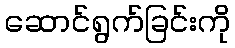
ဆောင်ရွက်ခြင်းကို